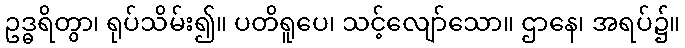
ဥဒ္ဓရိတွာ၊ ရုပ်သိမ်း၍။ ပတိရူပေ၊ သင့်လျော်သော။ ဌာနေ၊ အရပ်၌။